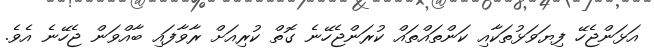
އަޅަންޖެހޭ ފިޔަވަޅުތަކާއި ކަންތައްތައް ކުރަންޖެހޭނެ ގޮތް ކުރިއަށް ރާވާފައި ބާއްވަން ޖެހޭނެ އެވެ.